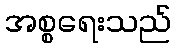
အစ္စရေးသည်